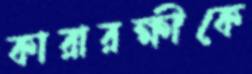
কারারক্ষীকে